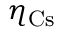
\eta _ { \mathrm { { C s } } }